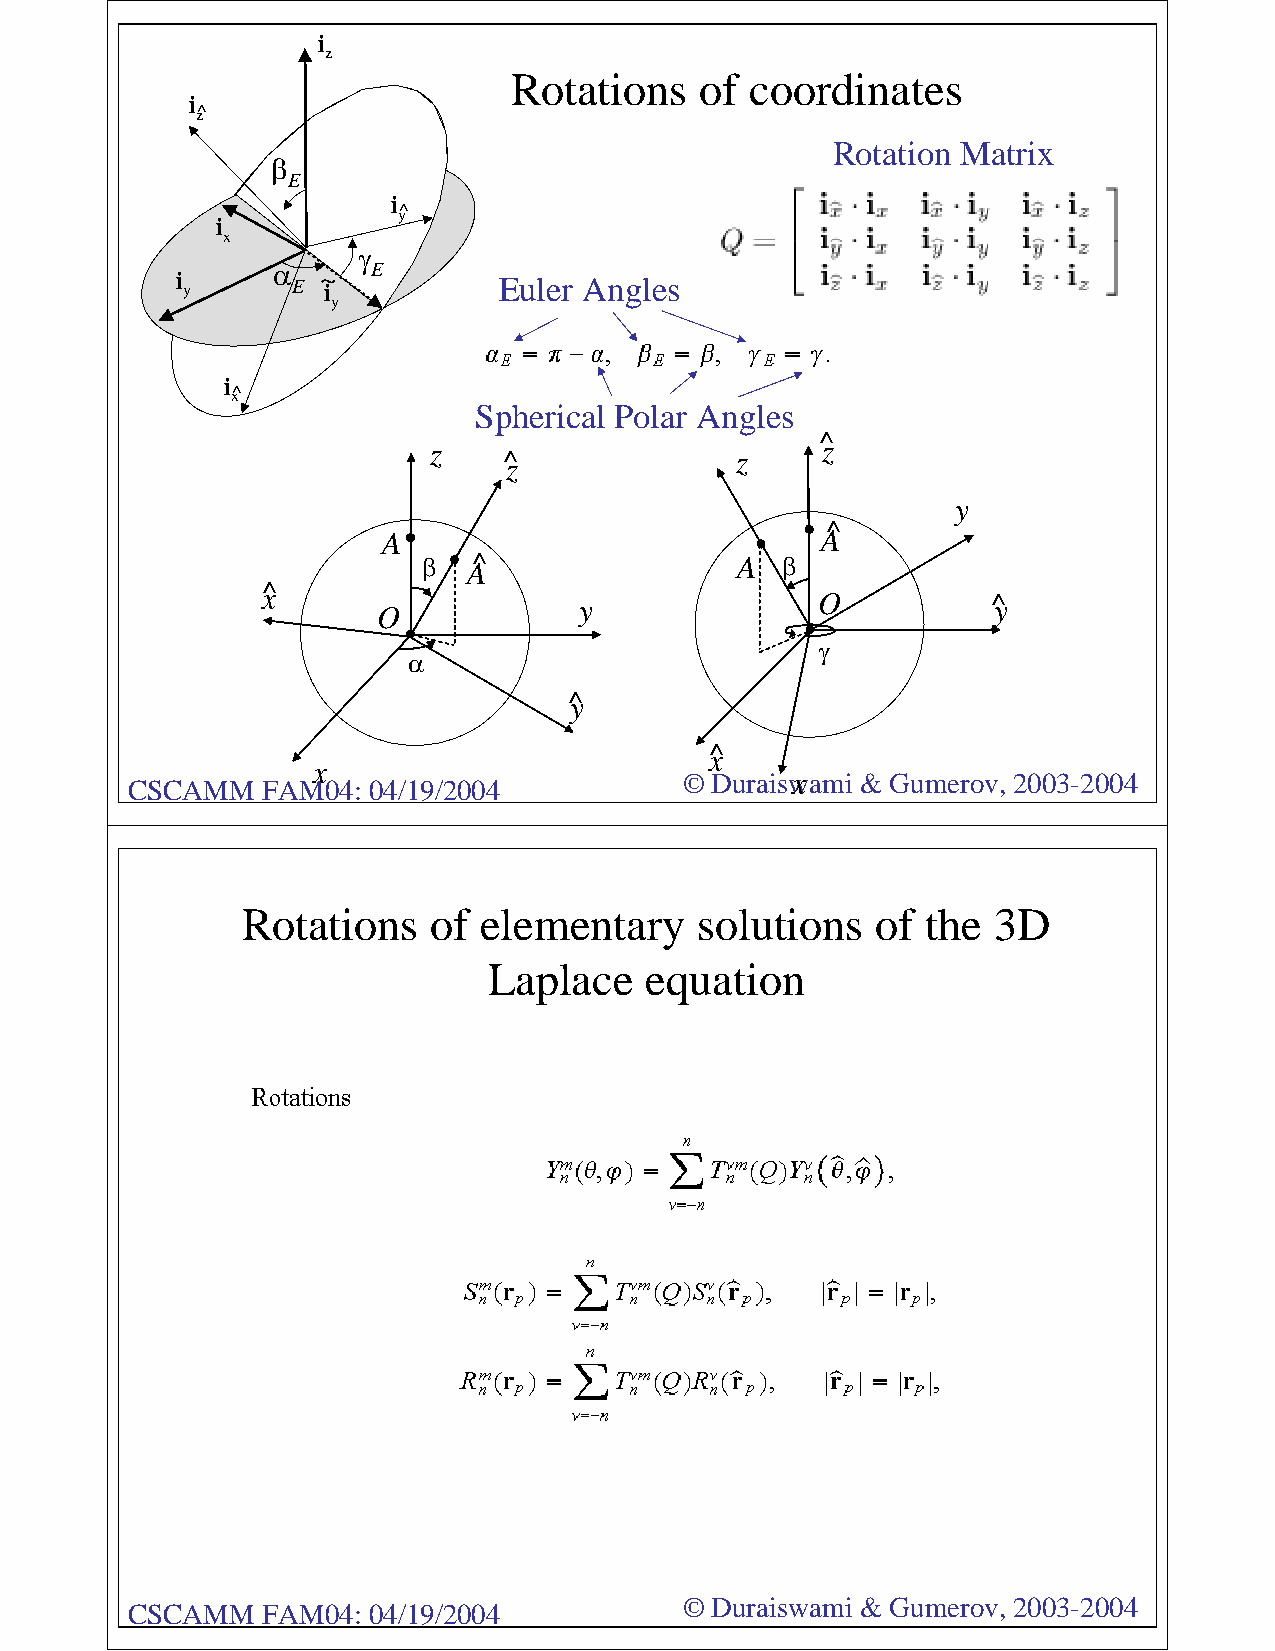
iii
 zzz
 Rotations   of  coordinates
 iiii
 zzzz^^^^
 Rotation Matrix
 βββ
 EEE
 iiii
 yyyy^^^^
 iii
 xxx
 γγγ
 iii yyy ααα EEE ~~ iii EEE Euler Angles
 yyy
 iiii
 xxxx^^^^
 Spherical Polar Angles
 ^^^^^^^^
 zzzzzz                    zzzzzzzz
 ^^^^^^^^        zzzzzz
 zzzzzzzz
 yyyyyy
 ^^^^^^^^
 AAAAAA                       AAAAAAAA
 ββ AAAAAAAA^^^^^^^^  AAAAAA ββ
 xxxxxxxx^^^^^^^^
 yyyyyy          OOOOOO      ^^^^^^^^yyyyyyyy
 OOOOOO
 γγ
 αα
 ^^^^^^^^yyyyyyyy
 xxxxxxxx^^^^^^^^
 xxxxxx
 © Duraiswxxxxxxami & Gumerov, 2003-2004
 CSCAMM   FAM04: 04/19/2004
 Rotations    of elementary    solutions   of the  3D
 Laplace    equation
 © Duraiswami & Gumerov, 2003-2004
 CSCAMM   FAM04: 04/19/2004